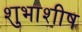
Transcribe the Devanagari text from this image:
शुभाशीष